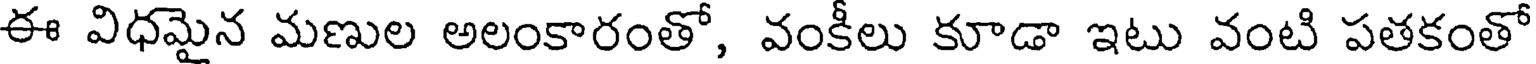
ఈ విధమైన మణుల అలంకారంతో, వంకీలు కూడా ఇటు వంటి పతకంతో